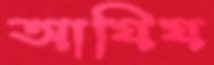
আযিয